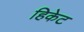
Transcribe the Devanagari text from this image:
हिकेट